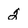
Character: 2